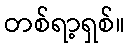
တစ်ရာ့ရှစ်။